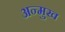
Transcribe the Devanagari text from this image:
अन्मुख